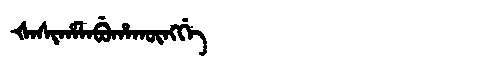
Manchu: ᡧᠠᠰᡳᡥᠠᠯᠠᠪᡠᡥᠠᡴᡡᠩᡤᡝ
Romanization: ŠASIHALABUHAKŪNGGE